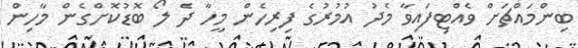
ބިންމައްޗަށް ވެއްޓިފައިވާ މެދު އުމުރުގެ ފިރިހެން މީހާ ދެ ލޯ ބޮޑުކޮށްގެން މާހިން